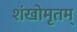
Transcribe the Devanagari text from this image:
शंखोमृतम्